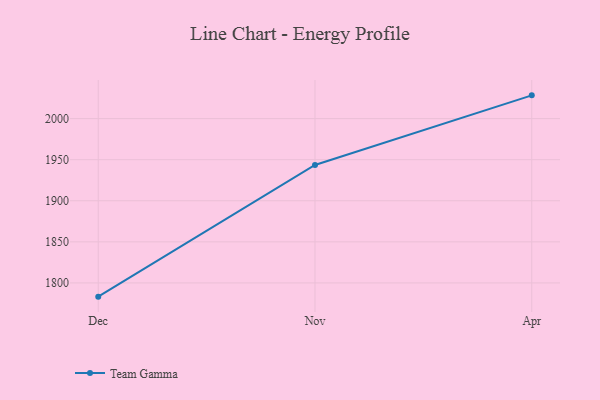
{"axis": {"x": "Month", "y": "Budget (USD K)"}, "legend": ["Team Gamma"], "data": [{"x": "Dec", "y": 1783.3, "type": "Team Gamma"}, {"x": "Nov", "y": 1943.6, "type": "Team Gamma"}, {"x": "Apr", "y": 2028.3, "type": "Team Gamma"}]}